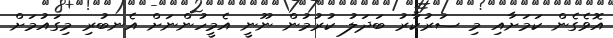
އޮވެގެން ކަމަށާއި މި ސަރުކާރު ބަދަލު ކުރުމުން ނޫނީ އެމީހުންނަށް އެނބުރި މިގައުމަށް